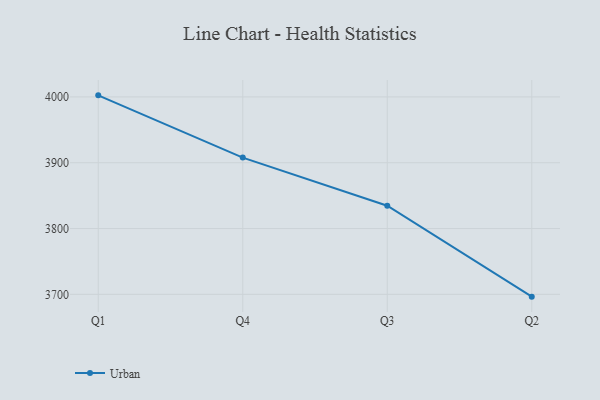
{"axis": {"x": "Quarter", "y": "Energy Usage (MWh)"}, "legend": ["Urban"], "data": [{"x": "Q1", "y": 4002.4, "type": "Urban"}, {"x": "Q4", "y": 3907.8, "type": "Urban"}, {"x": "Q3", "y": 3834.7, "type": "Urban"}, {"x": "Q2", "y": 3696.5, "type": "Urban"}]}